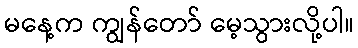
မနေ့က ကျွန်တော် မေ့သွားလို့ပါ။